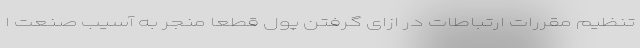
تنظیم مقررات ارتباطات در ازای گرفتن پول قطعاً منجر به آسیب صنعت ا